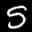
Label: 5